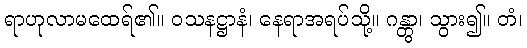
ရာဟုလာမထေရ်၏။ ဝသနဋ္ဌာနံ၊ နေရာအရပ်သို့။ ဂန္တွာ၊ သွား၍။ တံ၊